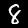
Digit: 8